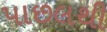
પાછલથી